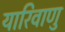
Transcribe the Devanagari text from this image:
यारिवाणु